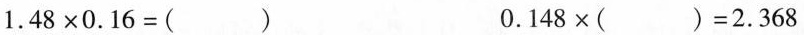
$$1.48×0.16=(）$$ $$ 0.148×( )=2.368$$